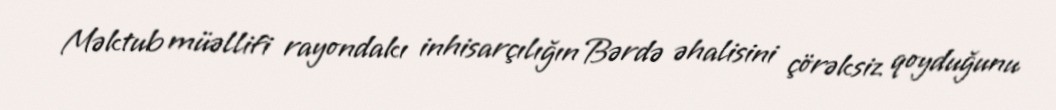
Məktub müəllifi rayondakı inhisarçılığın Bərdə əhalisini çörəksiz qoyduğunu